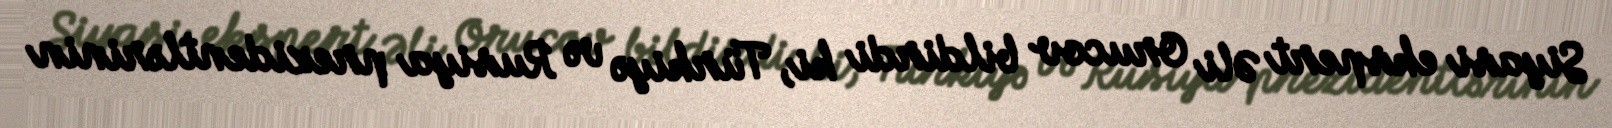
Siyasi ekspert Əli Orucov bildirdi ki, Türkiyə və Rusiya prezidentlərinin